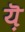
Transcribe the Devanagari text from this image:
य़ॆ